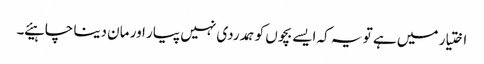
اختیار میں ہے تو یہ کہ ایسے بچوں کو ہمدردی نہیں پیار اور مان دینا چاہیئے ۔